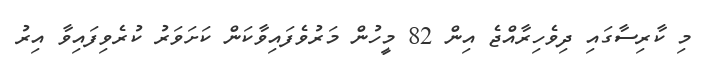
މި ކާރިސާގައި ދިވެހިރާއްޖެ އިން 82 މީހުން މަރުވެފައިވާކަން ކަށަވަރު ކުރެވިފައިވާ އިރު